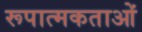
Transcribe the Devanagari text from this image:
रूपात्मकताओं